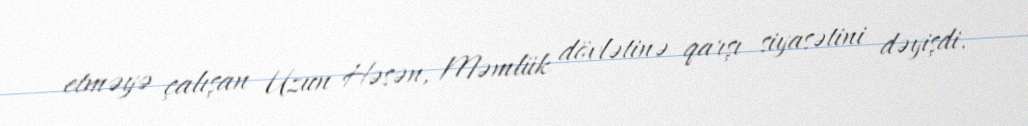
etməyə çalışan Uzun Həsən, Məmlük dövlətinə qarşı siyasətini dəyişdi.